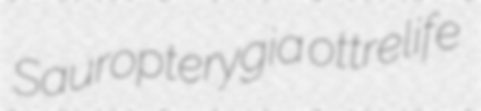
Sauropterygia ottrelife